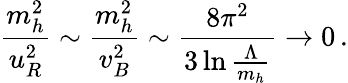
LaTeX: {\frac{m_{h}^{2}}{u_{R}^{2}}}\sim{\frac{m_{h}^{2}}{v_{B}^{2}}}\sim{\frac{8\pi^{2}}{3\ln{\frac{\Lambda}{m_{h}}}}}\to 0\, .